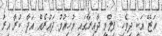
އަޒޭ އަކީ ދިވެހި ފިލްމީ ދާއިރާގައި މުހިއްމު ދައުރެއް އަދާ ކުރާ އިރު